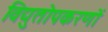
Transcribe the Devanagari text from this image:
विद्युतोपकरणों